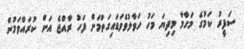
ސަފީރު ކަމުގެ މަގާމާ މިދިޔަ މަހު ހަވާލުވެވަޑައިގަތުމަށް ފަހު ރާއްޖެ އަށް ކުރައްވަމުން